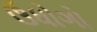
ઉધોગો